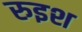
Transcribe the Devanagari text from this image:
रुइश